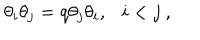
LaTeX: \theta _ { i } \theta _ { j } = q \theta _ { j } \theta _ { i } , i < j ~ ,